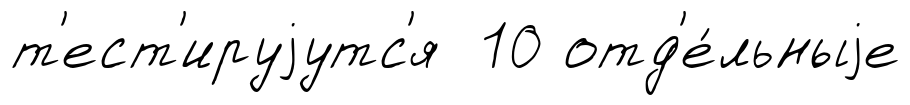
т'ест'ируjутс'я 10 отд'е́льныjе